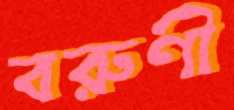
বরুণী